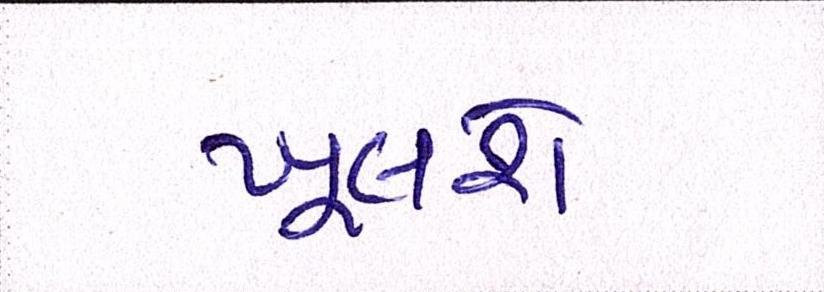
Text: ખૂલશે